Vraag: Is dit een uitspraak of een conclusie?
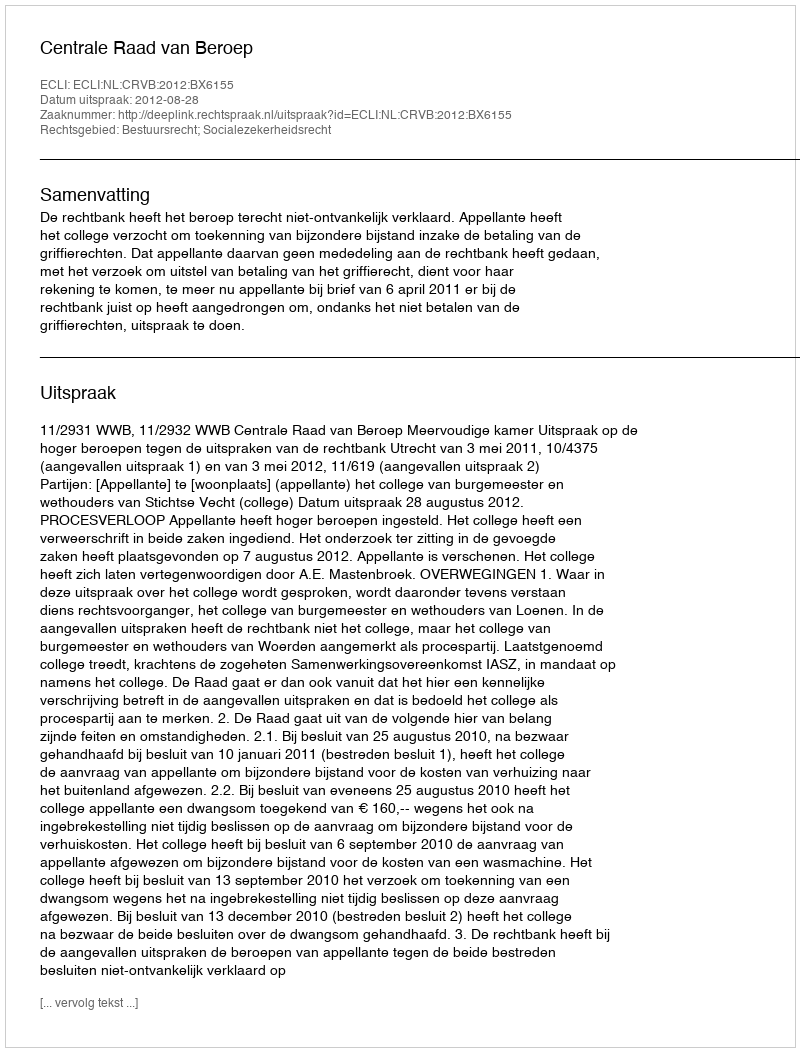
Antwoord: Uitspraak